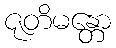
ဇုတိမန္တော